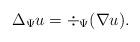
LaTeX: \begin{align*}\Delta_{\Psi} u = \div_{\Psi}(\nabla u).\end{align*}